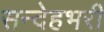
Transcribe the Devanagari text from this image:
सन्देहभरी